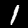
Label: 1